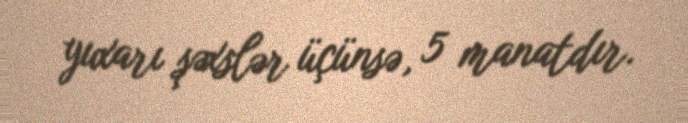
yuxarı şəxslər üçünsə, 5 manatdır.